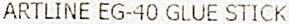
ARTLINE EG-40 GLUE STICK